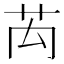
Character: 𮎤